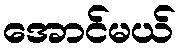
အောင်မယ်